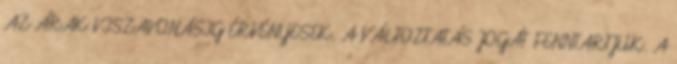
AZ ÁRAK VISZAVONÁSIG ÉRVÉNYESEK. A VÁLTOZTATÁS JOGÁT FENNTARTJUK. A